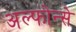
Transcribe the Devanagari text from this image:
अल्फोन्से